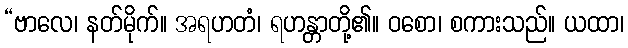
“ဗာလေ၊ နတ်မိုက်။ အရဟတံ၊ ရဟန္တာတို့၏။ ဝစော၊ စကားသည်။ ယထာ၊